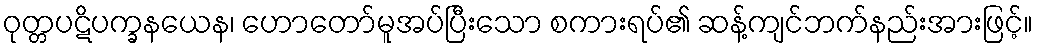
ဝုတ္တပဋိပက္ခနယေန၊ ဟောတော်မူအပ်ပြီးသော စကားရပ်၏ ဆန့်ကျင်ဘက်နည်းအားဖြင့်။